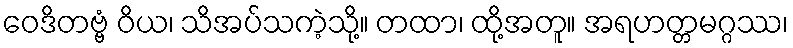
ဝေဒိတဗ္ဗံ ဝိယ၊ သိအပ်သကဲ့သို့။ တထာ၊ ထို့အတူ။ အရဟတ္တမဂ္ဂဿ၊